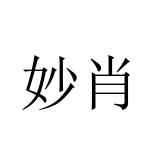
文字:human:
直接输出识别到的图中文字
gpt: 妙肖